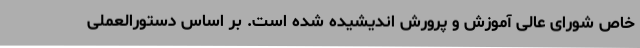
خاص شورای عالی آموزش و پرورش اندیشیده شده است. بر اساس دستورالعملی